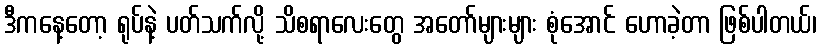
ဒီကနေ့တော့ ရုပ်နဲ့ ပတ်သက်လို့ သိစရာလေးတွေ အတော်များများ စုံအောင် ဟောခဲ့တာ ဖြစ်ပါတယ်၊